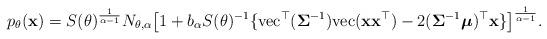
LaTeX: \begin{align*}p_\theta ({\bf{x}}) = S(\theta)^{\frac{1}{\alpha -1}} N_{\theta,\alpha}\big[ 1 + b_\alpha S(\theta)^{-1}\lbrace \rm{vec}^\top (\boldsymbol{\Sigma} ^{-1}) \rm{vec}({\bf{x}}{\bf{x}}^\top) - 2 (\boldsymbol{\Sigma} ^{-1}\boldsymbol{\mu})^\top {\bf{x}}\rbrace\big]^{\frac{1}{\alpha -1}}.\end{align*}